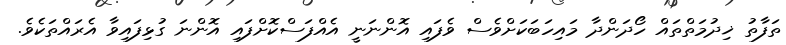
ތަފާތު ޚިދުމަތްތައް ހޯދަންދާ މައިހަބަކަށްވެސް ވެފައި އޮންނަނީ އެއްފަސްކޮށްފައި އޮންނަ ގުޅިފައިވާ އެރައްތަކެވެ.